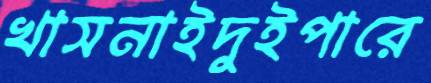
খাসনাইদুইপারে